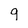
Character: g